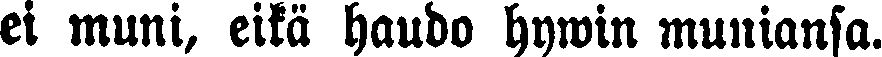
ei muni, eikä haudo hywin muniansa.